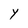
Character: Y